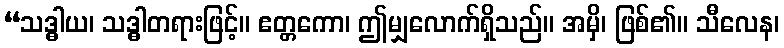
“သဒ္ဓါယ၊ သဒ္ဓါတရားဖြင့်။ ဧတ္တကော၊ ဤမျှလောက်ရှိသည်။ အမှိ၊ ဖြစ်၏။ သီလေန၊